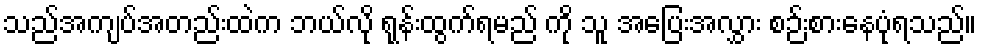
သည်အကျပ်အတည်းထဲက ဘယ်လို ရုန်းထွက်ရမည် ကို သူ အပြေးအလွှား စဉ်းစားနေပုံရသည်။